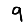
Digit: 9